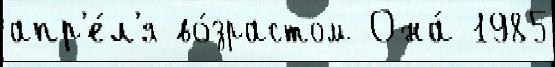
апр'е́л'я во́зрастом Она́ 1985